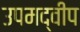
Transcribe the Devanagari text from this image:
उपमद्वीप